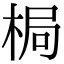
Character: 梮